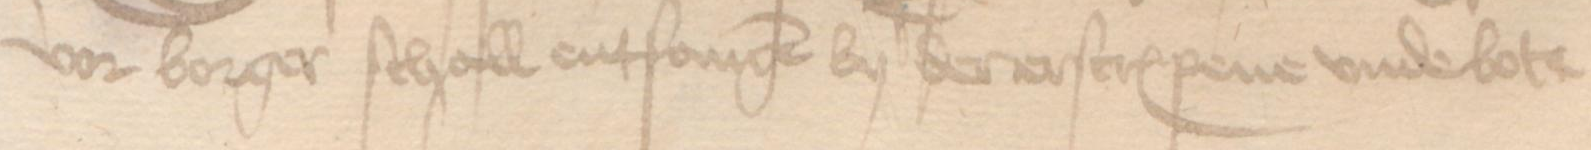
Transcription: vor borger schall entfangen by der erscreuenen vnde bote